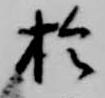
於